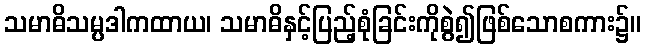
သမာဓိသမ္ပဒါကထာယ၊ သမာဓိနှင့်ပြည့်စုံခြင်းကိုစွဲ၍ဖြစ်သောစကား၌။